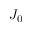
J _ { 0 }